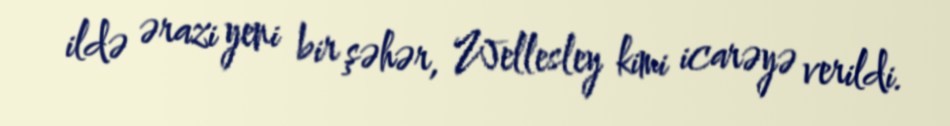
ildə ərazi yeni bir şəhər, Wellesley kimi icarəyə verildi.